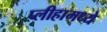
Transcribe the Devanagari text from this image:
प्लीहामध्ये